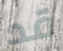
قد